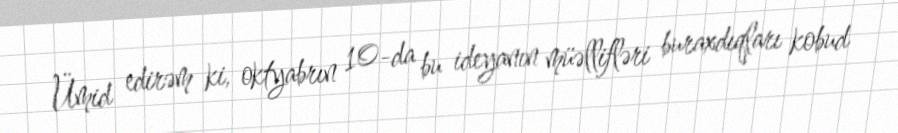
Ümid edirəm ki, oktyabrın 10-da bu ideyanın müəllifləri buraxdıqları kobud